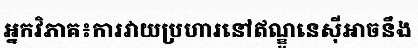
អ្នកវិភាគ៖ការវាយប្រហារនៅឥណ្ឌូនេស៊ីអាចនឹង